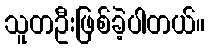
သူတဦးဖြစ်ခဲ့ပါတယ်။